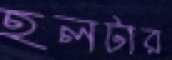
হলটার